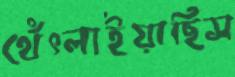
থেঁৎলাইয়াছিস